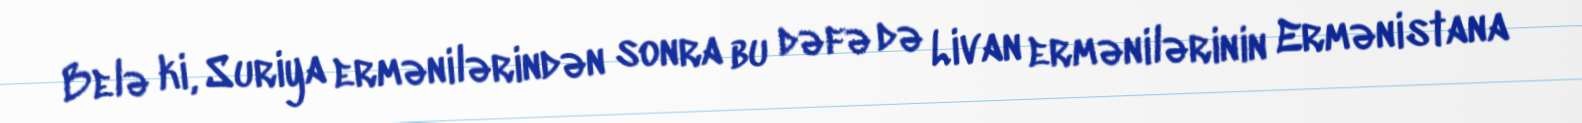
Belə ki, Suriya ermənilərindən sonra bu dəfə də Livan ermənilərinin Ermənistana